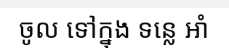
ចូល ទៅក្នុង ទន្លេ អាំ